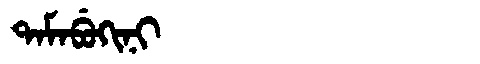
Manchu: ᡨᠠᠮᠠᠪᡠᡴᡳᠨᡳ
Romanization: TAMABUKINI